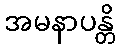
အမနာပန္တိ